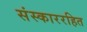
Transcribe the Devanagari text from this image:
संस्काररहित